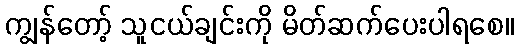
ကျွန်တော့် သူငယ်ချင်းကို မိတ်ဆက်ပေးပါရစေ။